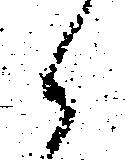
候